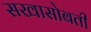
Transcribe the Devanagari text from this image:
सखासोबती